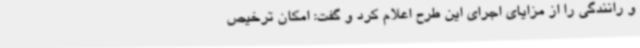
و رانندگی را از مزایای اجرای این طرح اعلام کرد و گفت: امکان ترخیص